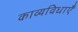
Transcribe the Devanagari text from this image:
काव्यविधाएँ